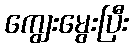
ကျွေးမွေးပြီး